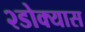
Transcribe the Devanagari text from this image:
२डोक्यास